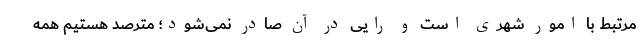
مرتبط با امور شهری است و رایی در آن صادر نمی‌شود؛ مترصد هستیم همه